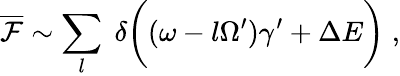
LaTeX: \overline{{{\cal F}}}\sim\sum_{l}\; \delta\biggl((\omega-l\Omega^{\prime})\gamma^{\prime}+\Delta E\biggr)\; ,